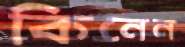
কিনেন